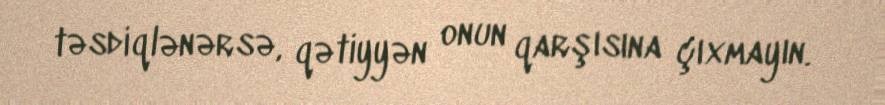
təsdiqlənərsə, qətiyyən onun qarşısına çıxmayın.